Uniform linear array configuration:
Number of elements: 16
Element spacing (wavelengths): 0.5
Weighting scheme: cosine
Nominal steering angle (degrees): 60
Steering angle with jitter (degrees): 59.951
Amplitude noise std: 0.05
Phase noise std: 0.05

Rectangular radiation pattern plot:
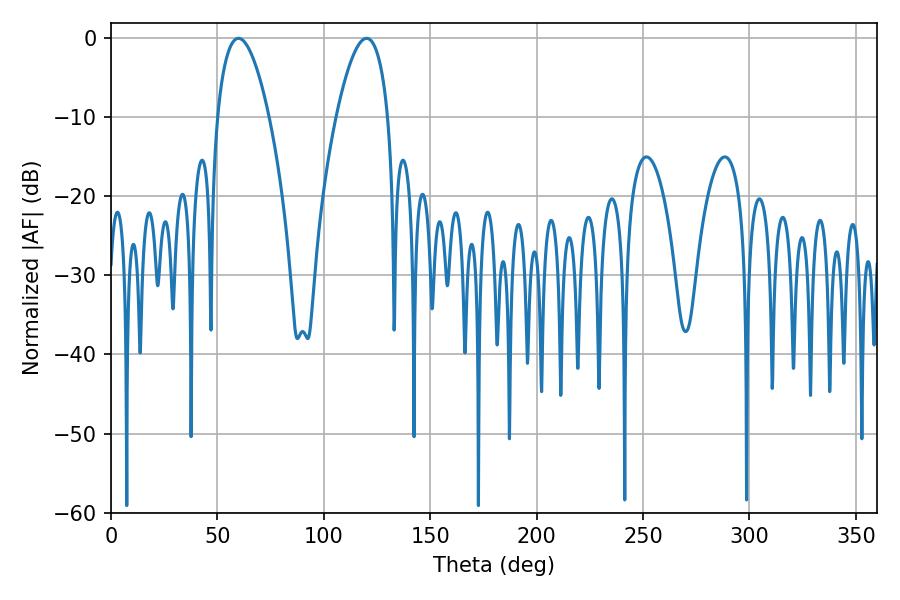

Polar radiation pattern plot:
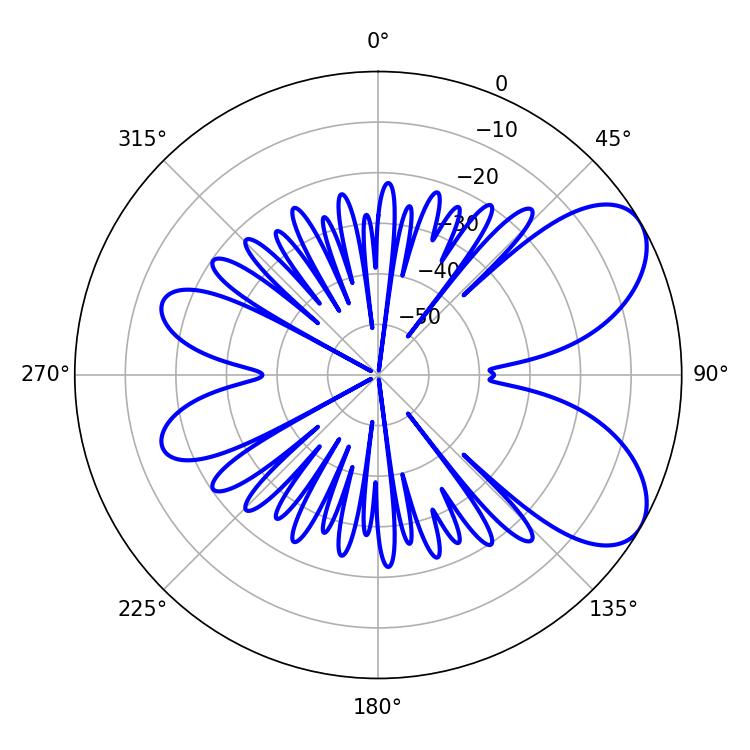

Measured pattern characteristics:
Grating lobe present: FALSE
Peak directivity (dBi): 6.722
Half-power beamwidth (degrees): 13.5
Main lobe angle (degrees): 59.94